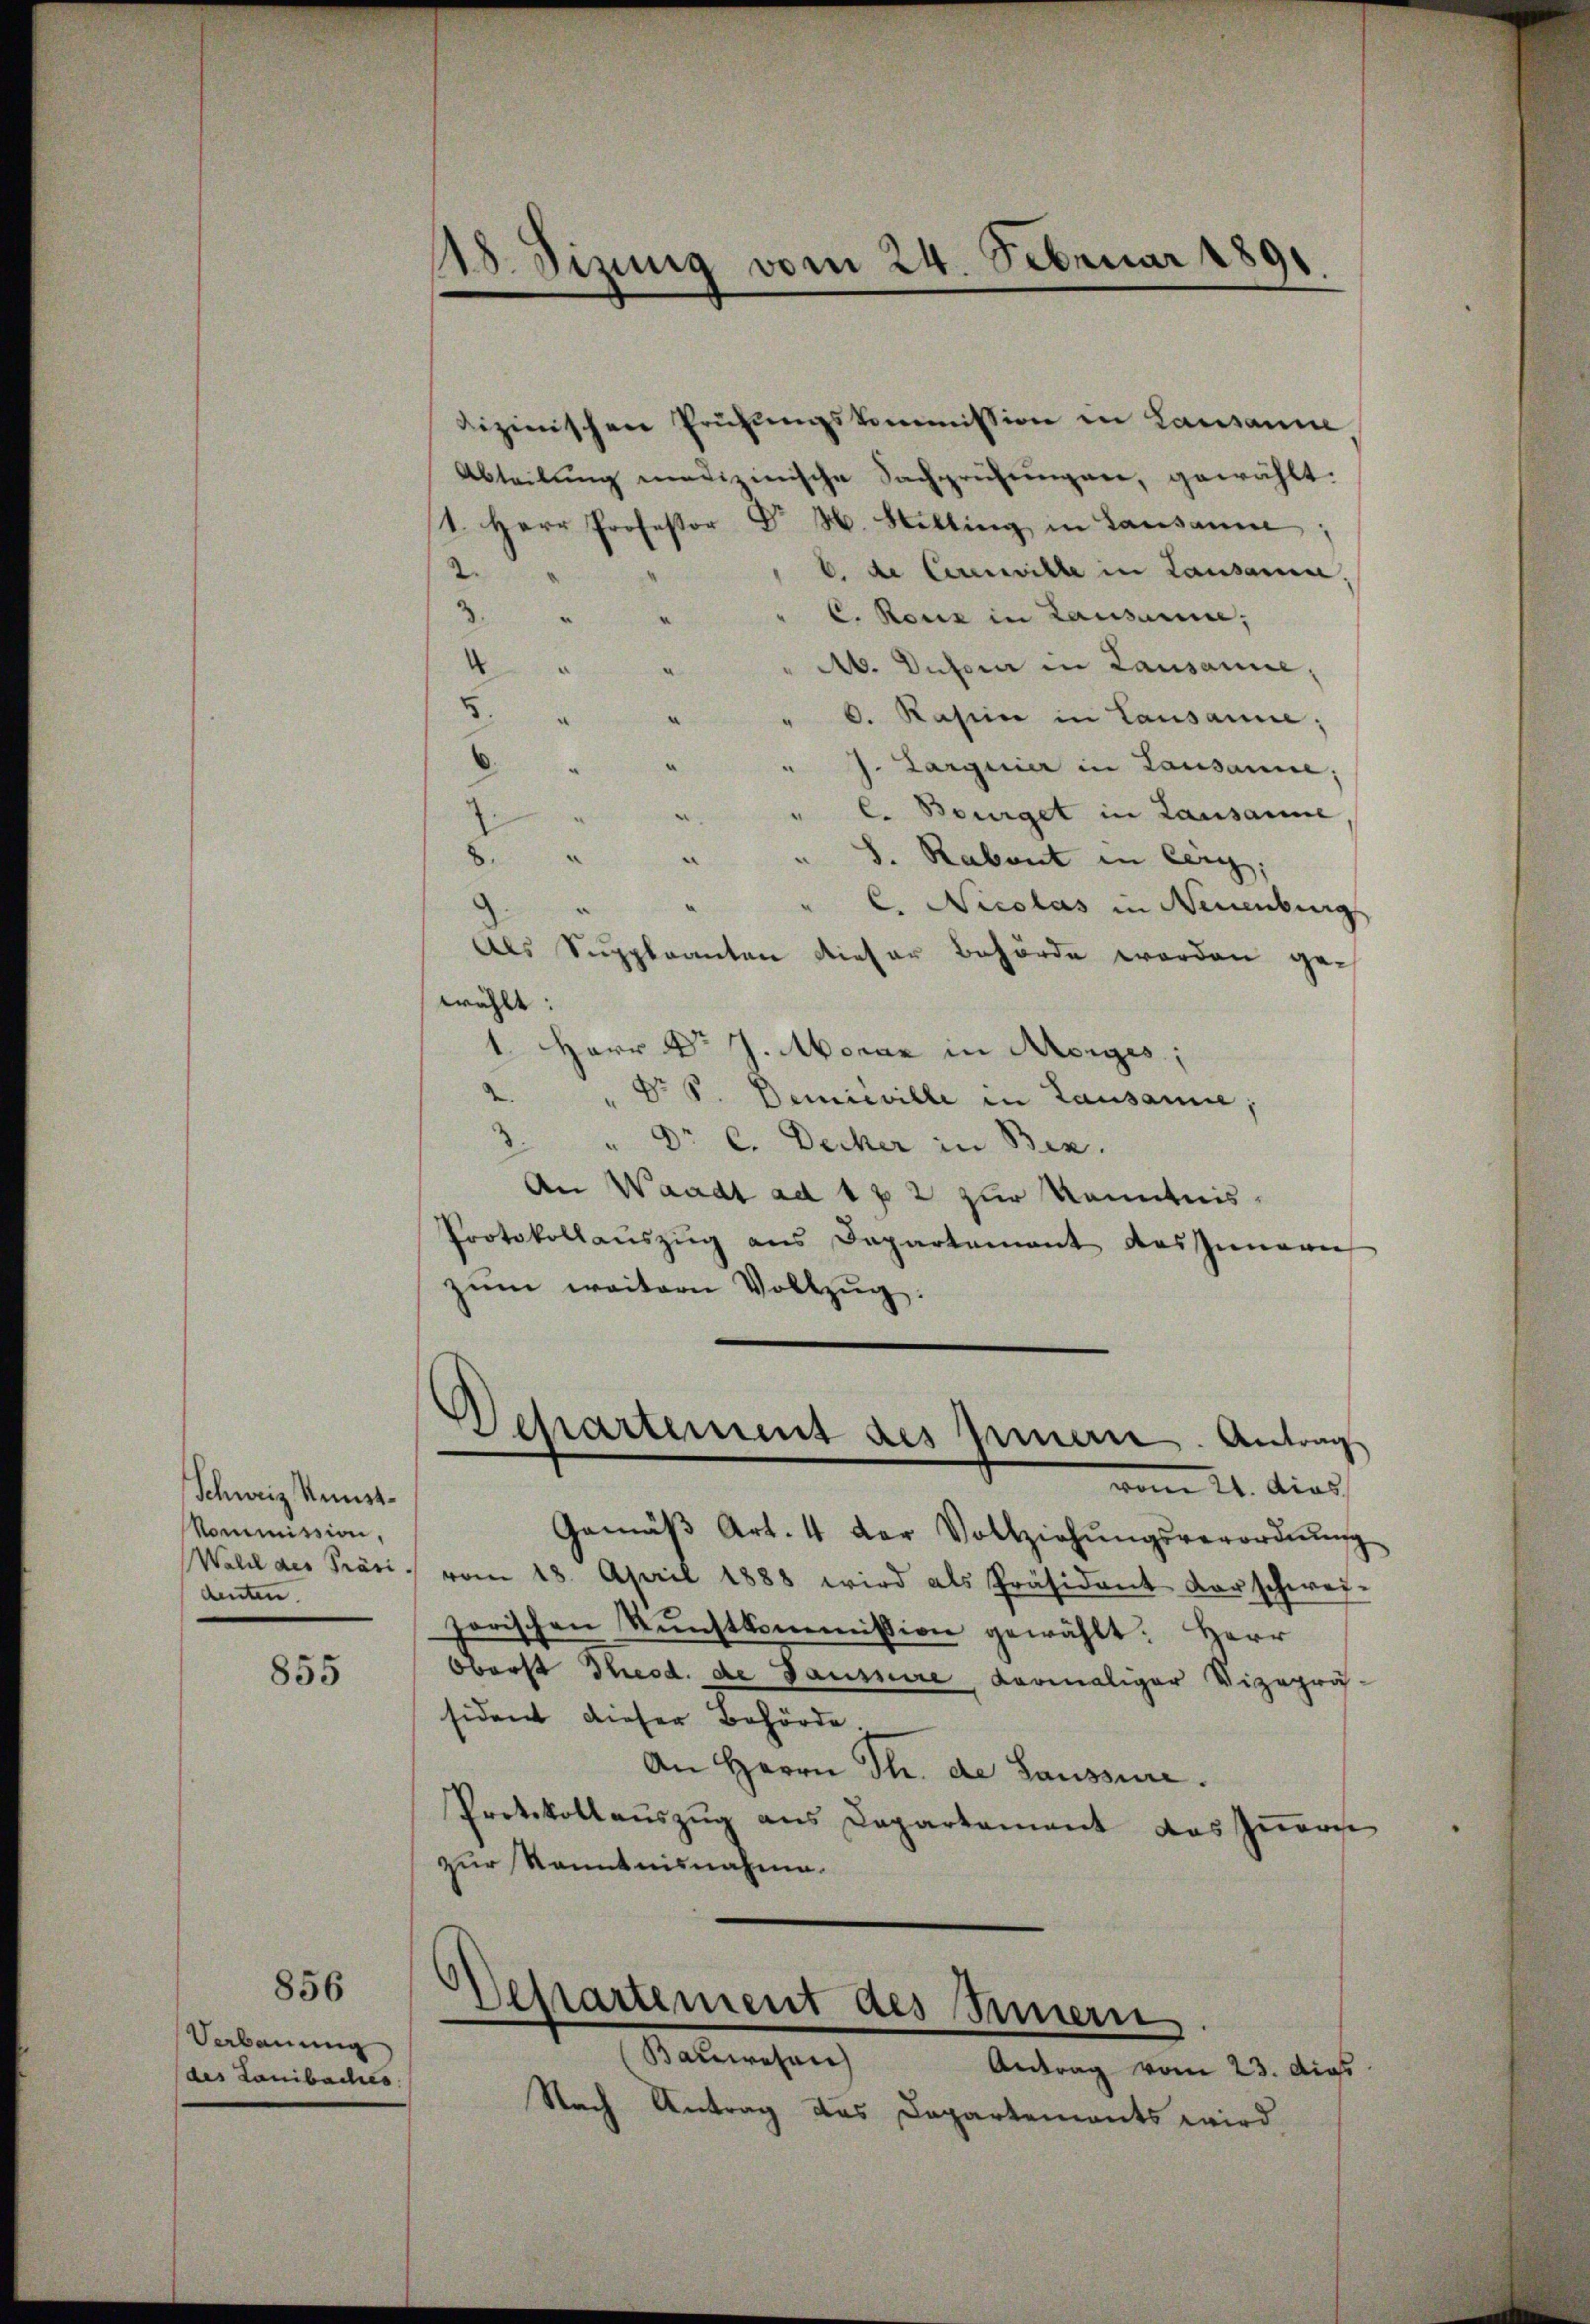
Schweiz. Kunst¬
Kommission,
Wald des Präsi-
denten

855

Verbauung
(des Laibaches.

856

18. Sizung vom 24. Februar 1891

dizinischen Prüfungskommission in Lausanne
Abteilŭng medizinische Sachprüfŭngen, gewählt.
1. Herr Professor Dr H. Hetting in Lausanne:
b. de Cerenille in Lausanen,
2
.
C. Rouz in Lausanne;
4
" Ab. Dufour in Lausanne,
d
8
" 6. Rasii in Lausanne;
n
8.
" J. Larguier in Lausanne;
" C. Bourget in Lausamme
e
e
8.
S. Rabent in Cerg;
“
a
" C. Nicolas in Neuenburg
Als Suppleanten dieser Behörde worden gewählt:
1. Herr Dr J. Morar in Morges;
2.
Nr 6. Demieville in Lausanne;
Dr C. Decker in Ben
An Waadt ad 1 x 2 zur Kenntnis¬
Protokollauszug aus Departement des Innern
zŭm weitern Vollzug.
)
Departement des Innern. Antrag
vom 21. dies
Gemäβ Art. 4 der Vollziehŭngsverordnŭng
vom 18. April 1888 wird als Präsident darschwei-
zorischen Kŭnstkommission gewählt: Herr
Oberst Theod. de Gaussire, dermaliger Vizeprä-
sident dieser Behörde
An Herrn Th. de Saussure.
Protokollauszug aus Departement das Innern
zur Kenntnisnahme.

Departement des Innern

Bauwesen
Antrag vom 23. die
Nach Antrag das Dapartements wird